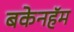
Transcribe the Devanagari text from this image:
बकेनहॅम